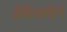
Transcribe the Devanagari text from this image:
ॲकॅडमीने